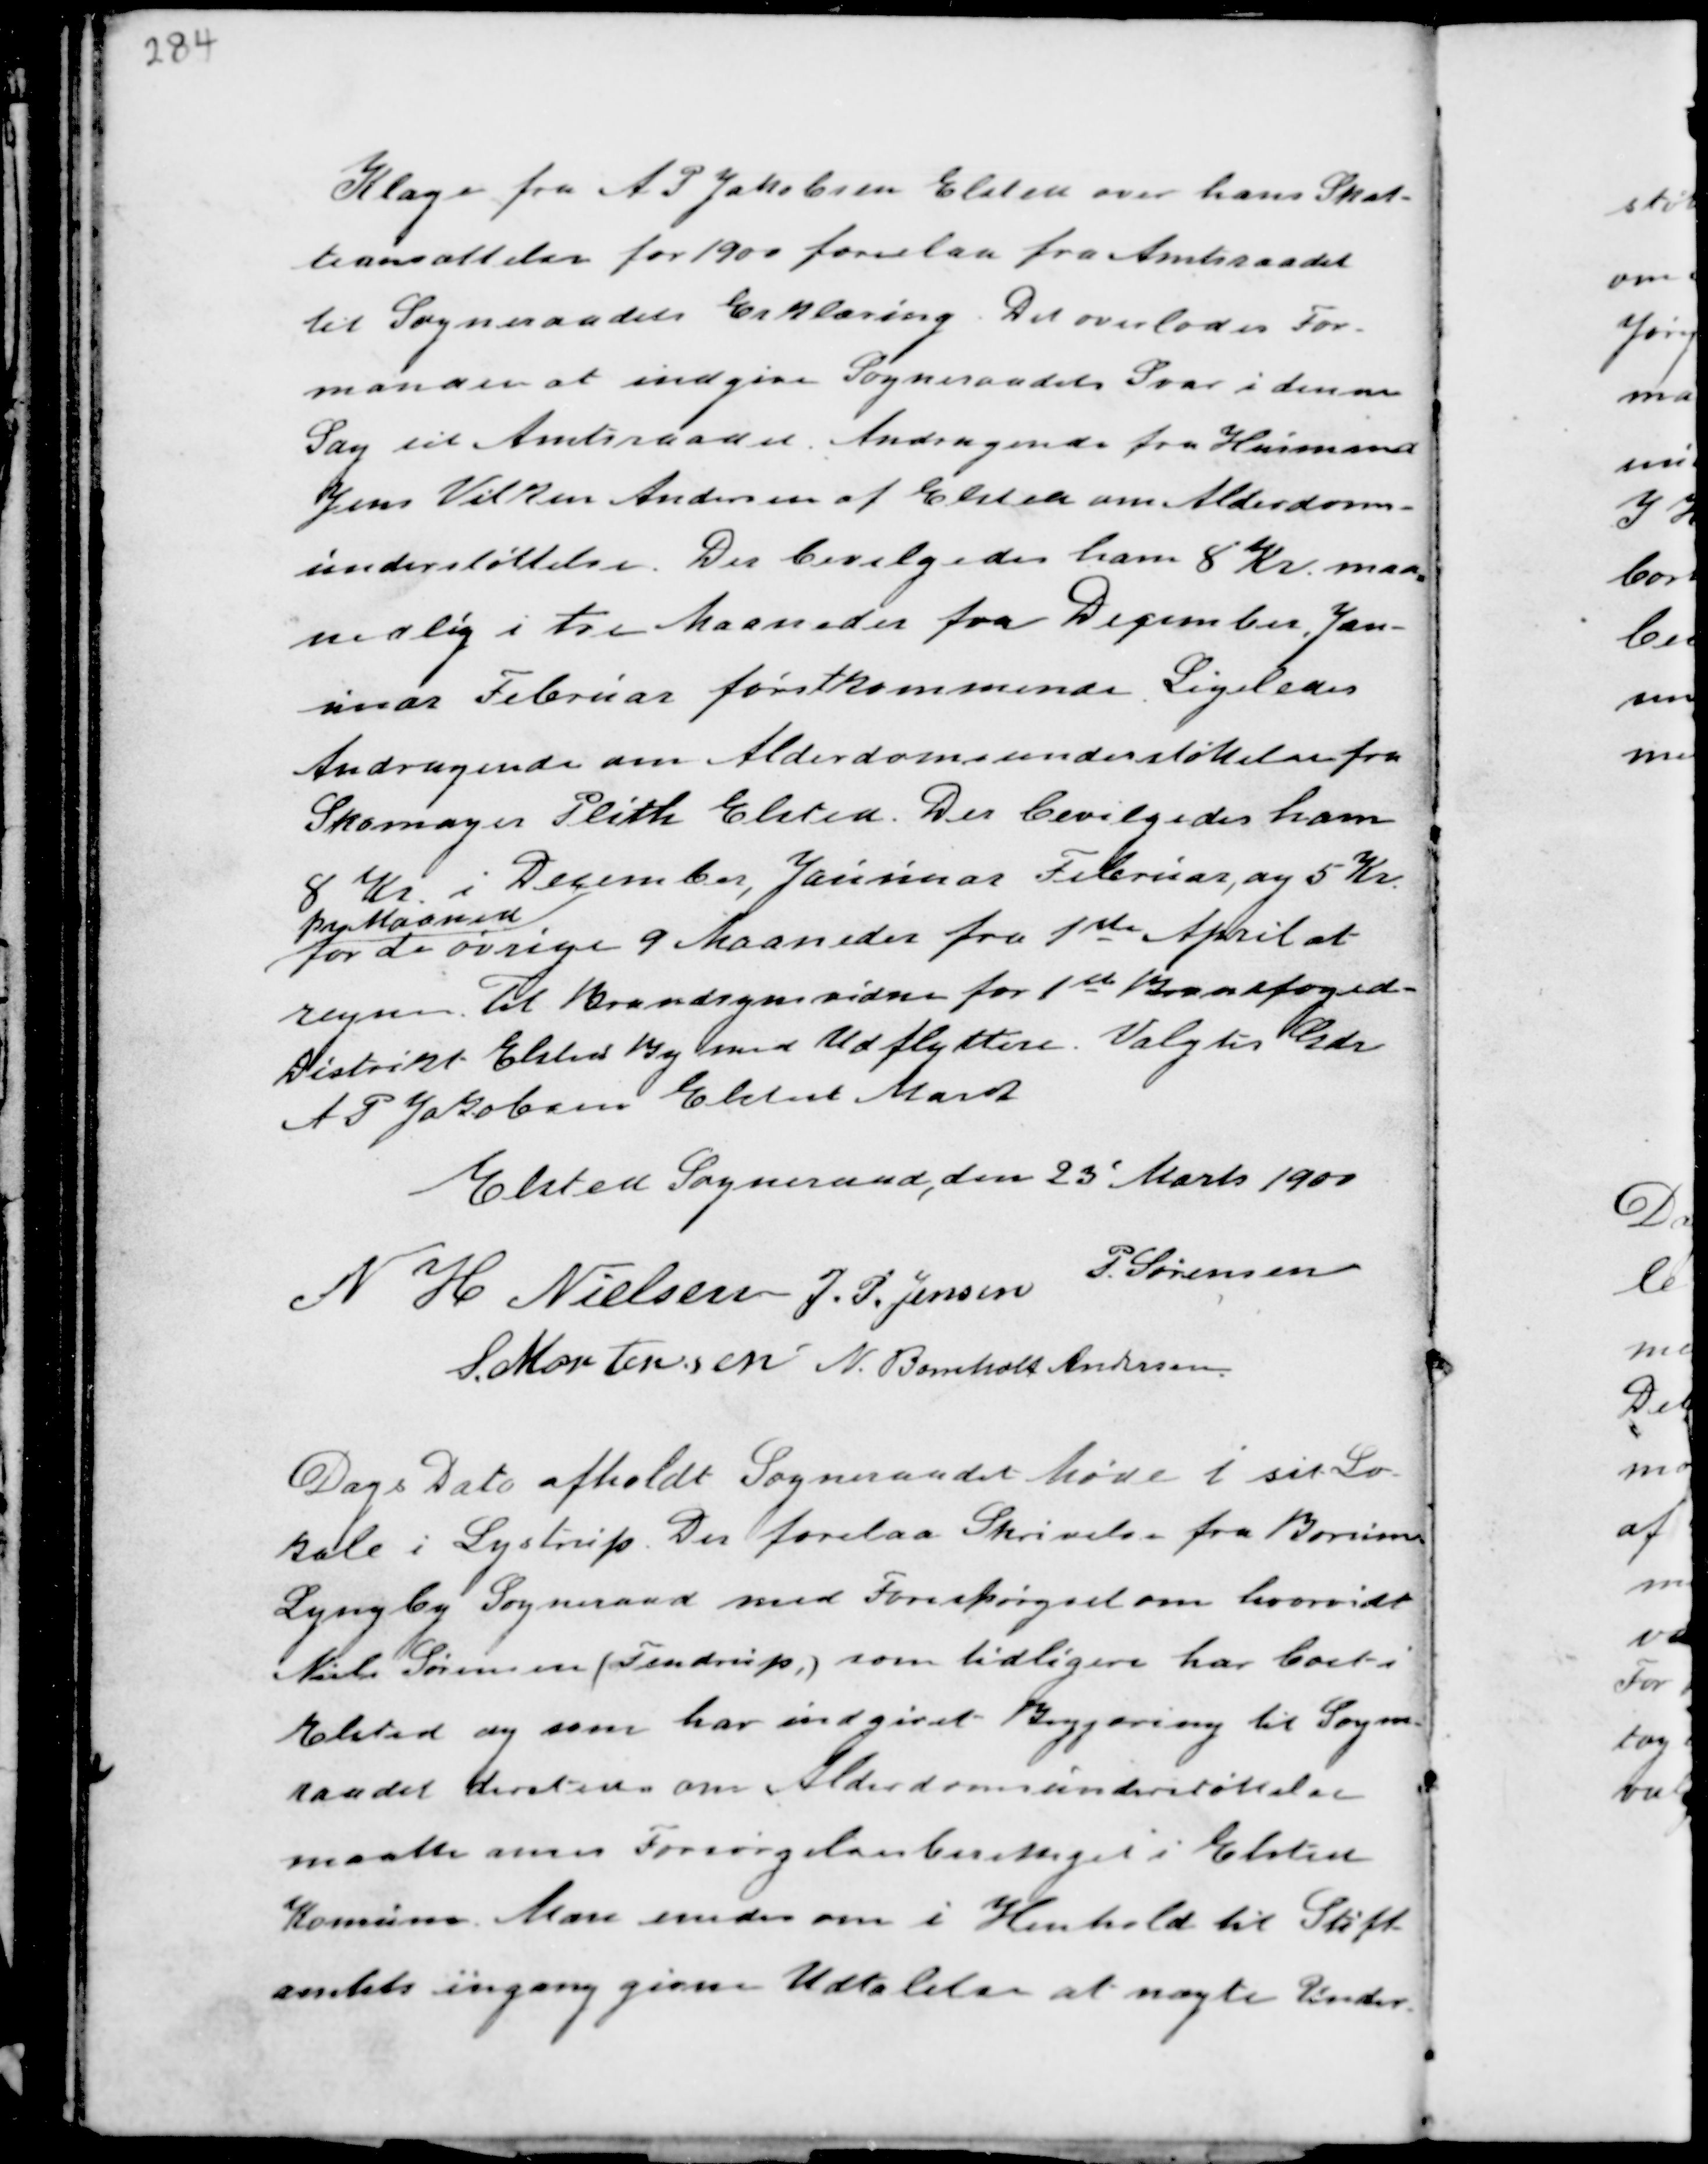
Transskription:
Klage fra A P Jakobsen Elsted over hans Skat-
teansættelse for 1900 forelaa fra Amtsraadet
til Sogneraadets Erklæring. Det overlades For-
manden at indgive Sogneraadets Svar i denne
Sag til Amtsraadet. Andragende fra Husmand
Jens Vilken Andersen af Elsted om Alderdoms-
understøttelse. Der bevilgedes ham 8 Kr. maa-
nedlig i tre Maaneder fra December, Jan-
nuar Februar førstkommende. Ligeledes
Andragende om Alderdomsunderstøttelse fra
Skomager Plith Elsted. Der bevilgedes ham
8 Kr. i December, Januar Februar, og 5 Kr.
pr Maaned
for de øvrige 9 Maaneder fra 1ste April at
regne. Til Brandsynsvidne for 1ste Brandfoged-
Distrikt Elsted By med Udflyttere Valgtes Gdr
A P Jakobsen Elsted Mark

Elsted Sogneraad, den 23' Marts 1900
N H NIelsen J, P. Jensen P. Sørensen
S. Mortensen N. Bomholt Andersen

Dags Dato afholdt Sogneraadet Møde i sit Lo-
kale i Lystrup. Der forelaa Skrivelse fra Borum
Lyngby Sogneraad med Forespørgsel om hvorvidt
Niels Sørensen (Tendrup,) som tidligere har boet i
Elsted og som har indgivet Begjæring til Sogne-
raadet derude om Alderdomsunderstøttelse
maatte menes Forsørgelsesberettiget i Elsted
Komune. Man enedes om i Henhold til Stift-
amtets engang givne Udtalelse at nægte Under-